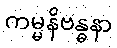
ကမ္မနိဗန္ဓနာ